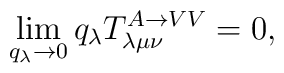
\lim_{q_{\lambda }\rightarrow 0}q_{\lambda }T_{\lambda \mu \nu}^{A\rightarrow VV}=0,